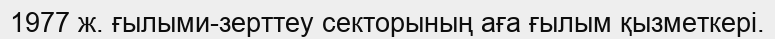
1977 ж. ғылыми-зерттеу секторының аға ғылым қызметкері.